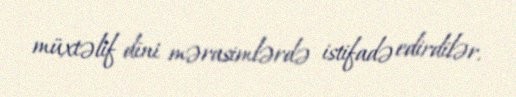
müxtəlif dini mərasimlərdə istifadə edirdilər.